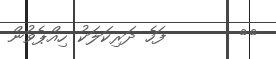
٩٢       ފަހެ ދަރިކަލަކު ހިއްޕެވުން